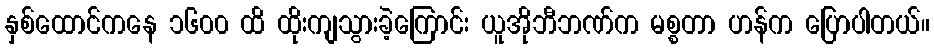
နှစ်ထောင်ကနေ ၁၆၀၀ ထိ ထိုးကျသွားခဲ့ကြောင်း ယူအိုဘီဘဏ်က မစ္စတာ ဟန်က ပြောပါတယ်။